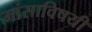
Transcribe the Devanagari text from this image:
मांसाविषयी